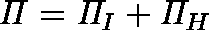
\mathit { \Pi } = \mathit { \Pi } _ { I } + \mathit { \Pi } _ { H }